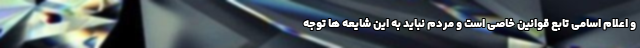
و اعلام اسامی تابع قوانین خاصی است و مردم نباید به این شایعه ها توجه